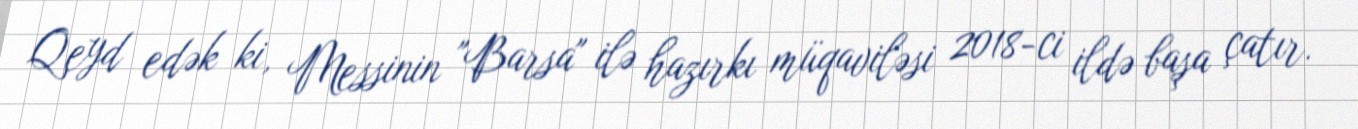
Qeyd edək ki, Messinin "Barsa" ilə hazırkı müqaviləsi 2018-ci ildə başa çatır.